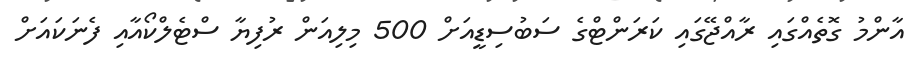
އާންމު ގޮތެއްގައި ރާއްޖޭގައި ކަރަންޓްގެ ސަބުސިޑީއަށް 500 މިލިއަން ރުފިޔާ ސްޓެލްކޯއާއި ފެނަކައަށް